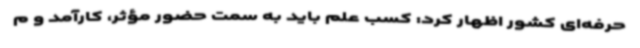
حرفه‌ای کشور اظهار کرد: کسب علم باید به سمت حضور مؤثر، کارآمد و م